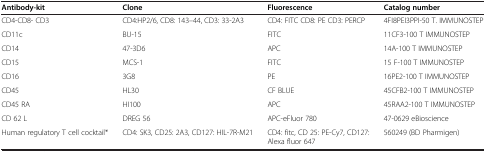
| Antibody-kit | Clone | Fluorescence | Catalog number |
 | --- | --- | --- | --- |
 | CD4-CD8- CD3 | CD4:HP2/6, CD8: 143–44, CD3: 33-2A3 | CD4: FITC CD8: PE CD3: PERCP | 4FI8PEI3PPI-50 T. IMMUNOSTEP |
 | CD11c | BU-15 | FITC | 11CF3-100 T IMMUNOSTEP |
 | CD14 | 47-3D6 | APC | 14A-100 T IMMUNOSTEP |
 | CD15 | MCS-1 | FITC | 15 F-100 T IMMUNOSTEP |
 | CD16 | 3G8 | PE | 16PE2-100 T IMMUNOSTEP |
 | CD45 | HL30 | CF BLUE | 45CFB2-100 T IMMUNOSTEP |
 | CD45 RA | HI100 | APC | 45RAA2-100 T IMMUNOSTEP |
 | CD 62 L | DREG 56 | APC-eFluor 780 | 47-0629 eBioscience |
 | Human regulatory T cell cocktail* | CD4: SK3, CD25: 2A3, CD127: HIL-7R-M21 | CD4: fitc, CD 25: PE-Cy7, CD127: Alexa fluor 647 | 560249 (BD Pharmigen) |